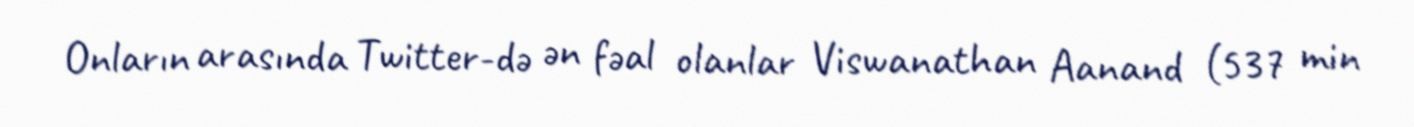
Onların arasında Twitter-də ən fəal olanlar Viswanathan Aanand (537 min